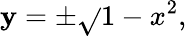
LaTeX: \mathbf{y}=\pm{\sqrt{}{{1-x^{2}}}},